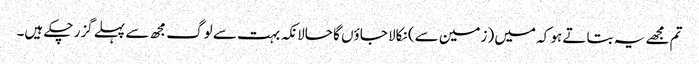
تم مجھے یہ بتاتے ہو کہ میں (زمین سے) نکالا جاؤں گا حالانکہ بہت سے لوگ مجھ سے پہلے گزر چکے ہیں۔